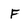
Character: F